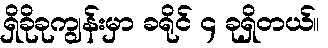
ရှိခိုခုကျွန်းမှာ ခရိုင် ၄ ခုရှိတယ်။